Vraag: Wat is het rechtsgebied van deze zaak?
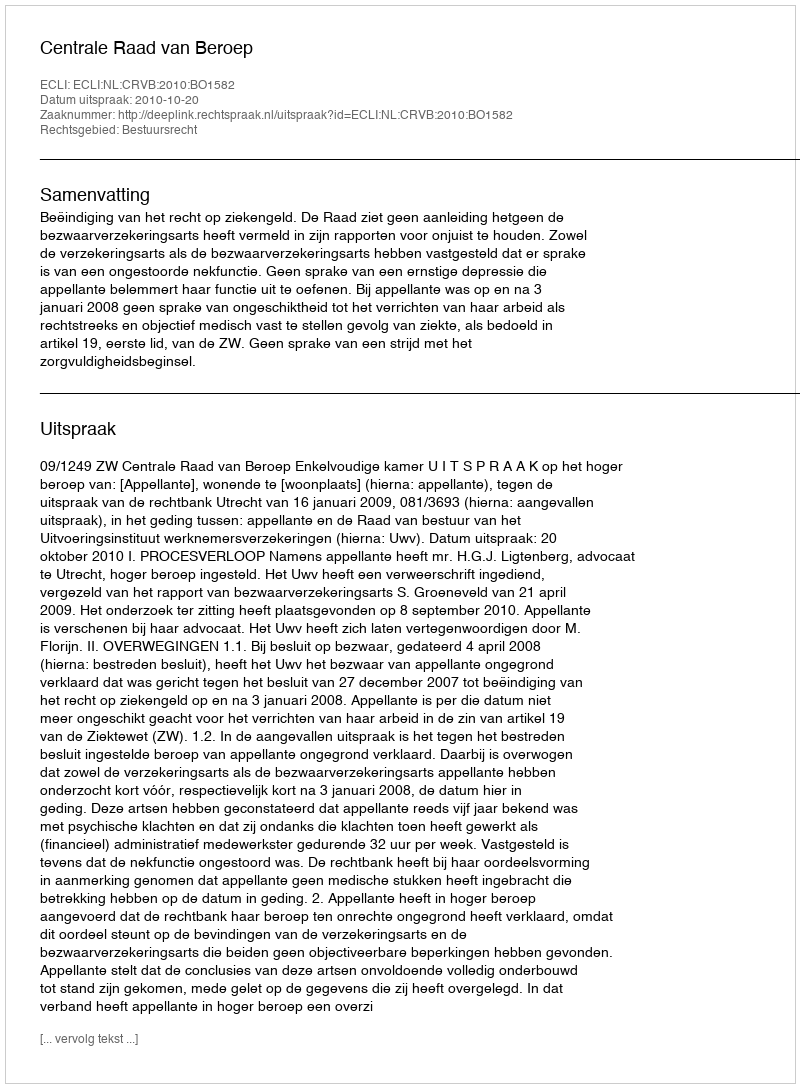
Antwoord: Bestuursrecht